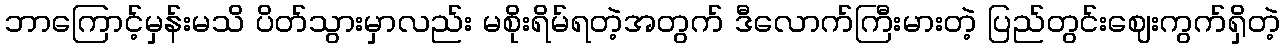
ဘာကြောင့်မှန်းမသိ ပိတ်သွားမှာလည်း မစိုးရိမ်ရတဲ့အတွက် ဒီလောက်ကြီးမားတဲ့ ပြည်တွင်းဈေးကွက်ရှိတဲ့